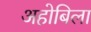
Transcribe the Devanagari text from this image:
अहोबिला